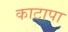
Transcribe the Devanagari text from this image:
काटापा